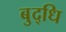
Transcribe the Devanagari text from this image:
बुद्‌धि